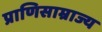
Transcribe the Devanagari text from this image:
प्राणिसाम्राज्य